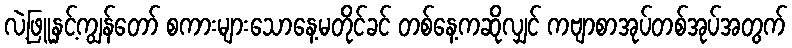
လဲ့ဖြူနှင့်ကျွန်တော် စကားများသောနေ့မတိုင်ခင် တစ်နေ့ကဆိုလျှင် ကဗျာစာအုပ်တစ်အုပ်အတွက်